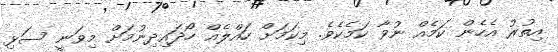
އިތުރު އެހެން ކަމެއް ނުވާ ކަމެކެވެ. މިކަމަށް ހައްލެއް ހޯދައިދިނުމަށް މިވަނީ ސަޅި